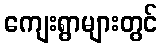
ကျေးရွာများတွင်